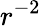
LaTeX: r^{-2}